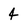
Character: 4